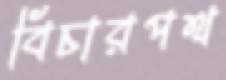
বিচারপথ